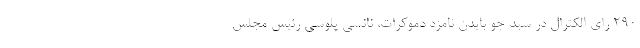
۲۹۰ رای الکترال در سبد جو بایدن نامزد دموکرات، نانسی پلوسی رئیس مجلس